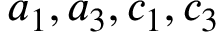
a _ { 1 } , a _ { 3 } , c _ { 1 } , c _ { 3 }